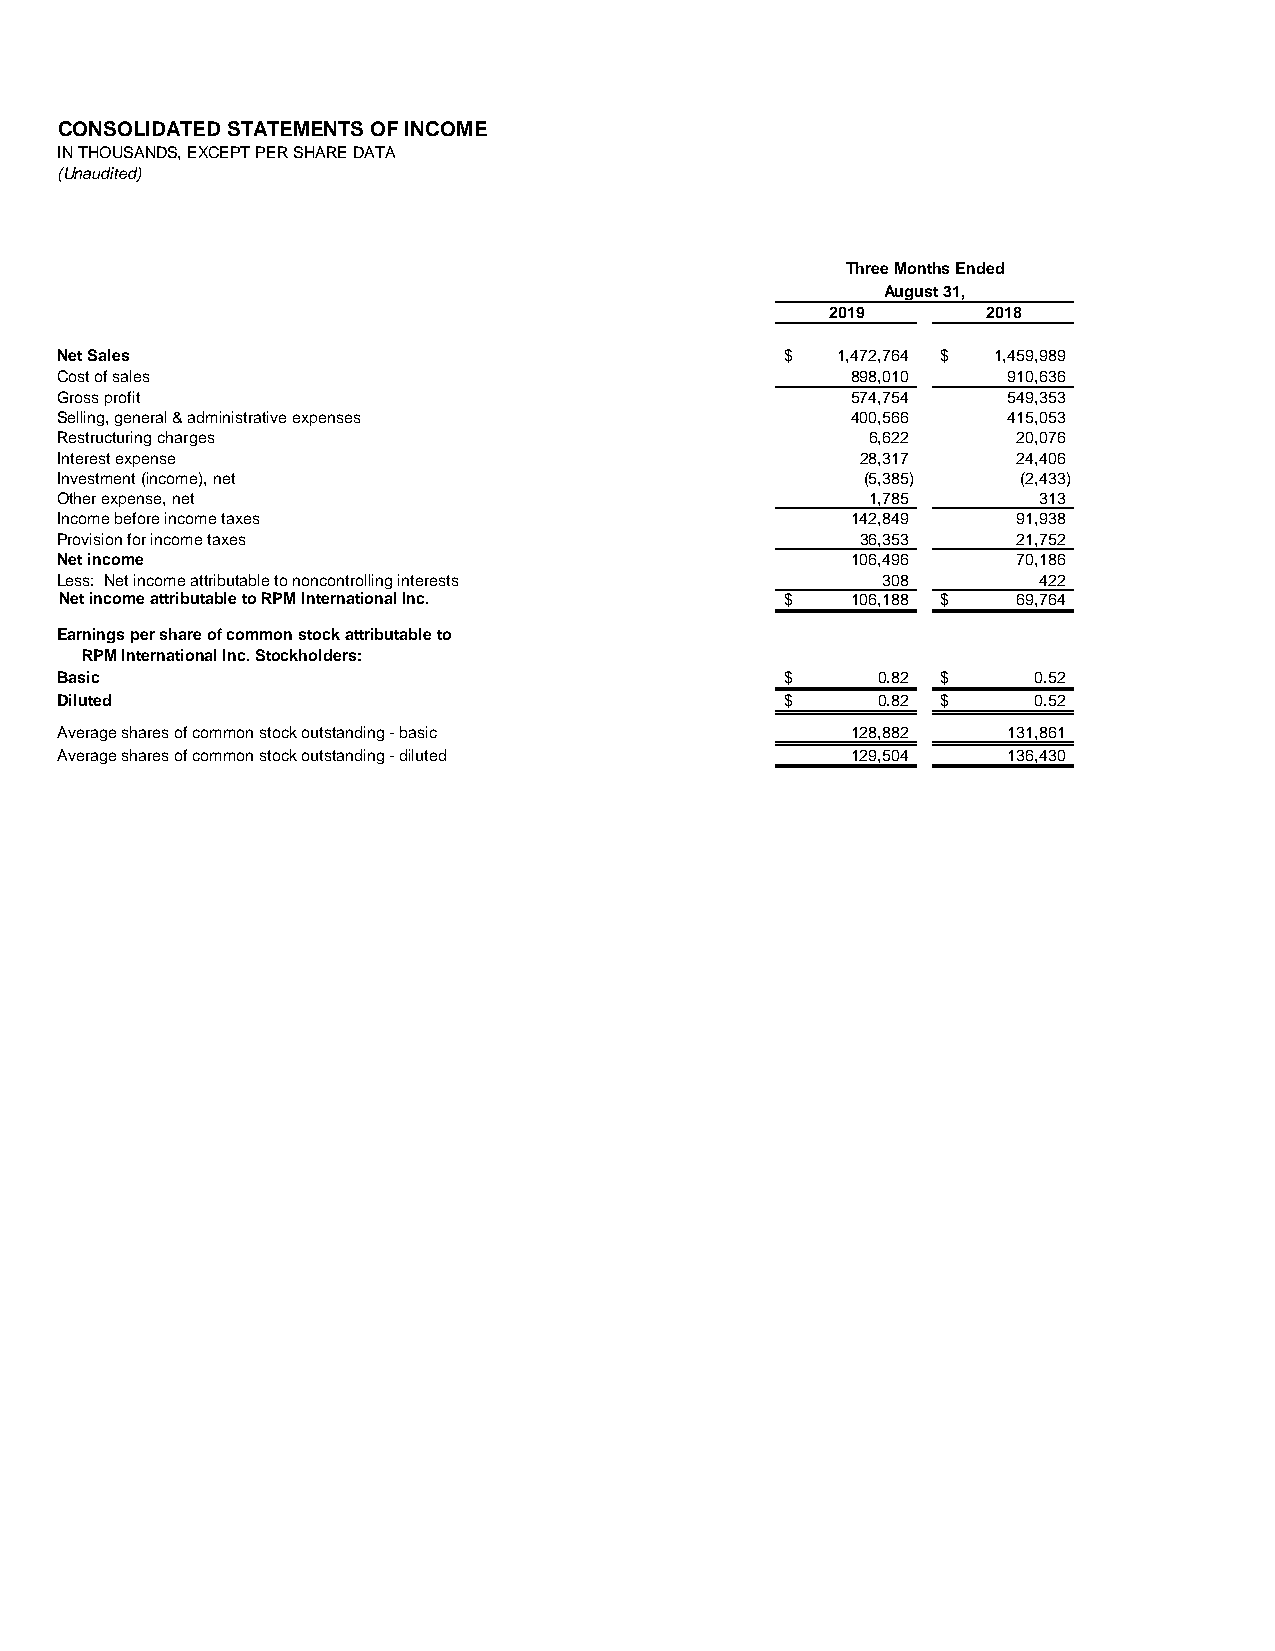
CONSOLIDATED STATEMENTS OF INCOME
 IN THOUSANDS, EXCEPT PER SHARE DATA
 (Unaudited)
 Three Months Ended
 August 31,
 2019      2018
 Net Sales                                       $  1,472,764 $ 1,459,989
 Cost of sales                                       898,010    910,636
 Gross profit                                        574,754    549,353
 Selling, general & administrative expenses          400,566    415,053
 Restructuring charges                                 6,622    20,076
 Interest expense                                     28,317    24,406
 Investment (income), net                             (5,385)    (2,433)
 Other expense, net                                    1,785      313
 Income before income taxes                          142,849    91,938
 Provision for income taxes                           36,353    21,752
 Net income                                          106,496    70,186
 Less: Net income attributable to noncontrolling interests 308    422
 Net income attributable to RPM International Inc. $ 106,188 $  69,764
 Earnings per share of common stock attributable to
 RPM International Inc. Stockholders:
 Basic                                           $     0.82 $    0.52
 Diluted                                         $     0.82 $    0.52
 Average shares of common stock outstanding - basic  128,882    131,861
 Average shares of common stock outstanding - diluted 129,504   136,430